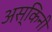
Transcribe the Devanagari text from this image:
अस्किनी